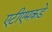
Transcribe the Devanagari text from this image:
एटीएमकडे